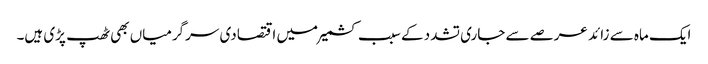
ایک ماہ سے زائد عرصے سے جاری تشدد کے سبب کشمیر میں اقتصادی سرگرمیاں بھی ٹھپ پڑی ہیں۔